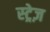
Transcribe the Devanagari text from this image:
स्ट्रेज़